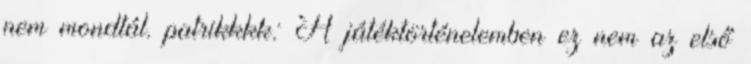
nem mondtál. patrikkkk: A játéktörténelemben ez nem az első